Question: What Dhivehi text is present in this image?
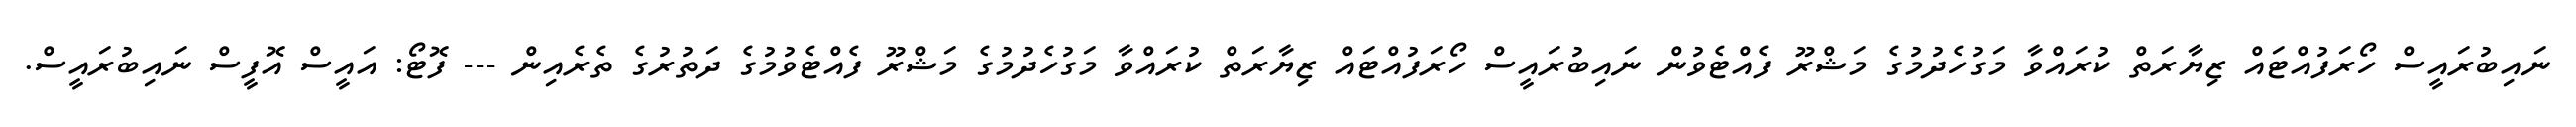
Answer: ނައިބުރައީސް ހޯރަފުއްޓައް ޒިޔާރަތް ކުރައްވާ މަގުހެދުމުގެ މަޝްރޫ ފެއްޓެވުން ނައިބުރައީސް ހޯރަފުއްޓައް ޒިޔާރަތް ކުރައްވާ މަގުހެދުމުގެ މަޝްރޫ ފެއްޓެވުމުގެ ދަތުރުގެ ތެރެއިން --- ފޮޓޯ: އައީސް އޮފީސް ނައިބުރައީސް.